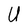
Character: U